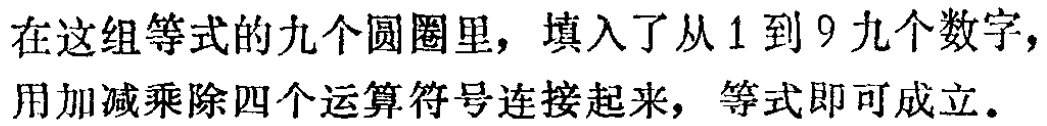
在这组等式的九个圆圈里，填入了从 1 到 9 九个数字，用加减乘除四个运算符号连接起来，等式即可成立.